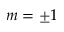
m = \pm 1